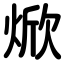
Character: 焮